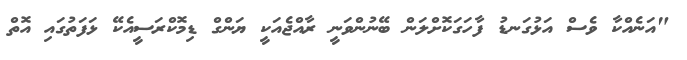
"އަނެއްކާ ވެސް އަޅުގަނޑު ފާހަގަކޮށްލަން ބޭނުންވަނީ ރާއްޖެއަކީ ޔަންގް ޑިމޮކްރަސީއެކޭ ޅަފަތުގައި އޮތް